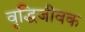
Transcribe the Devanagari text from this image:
वृद्धिजीवक